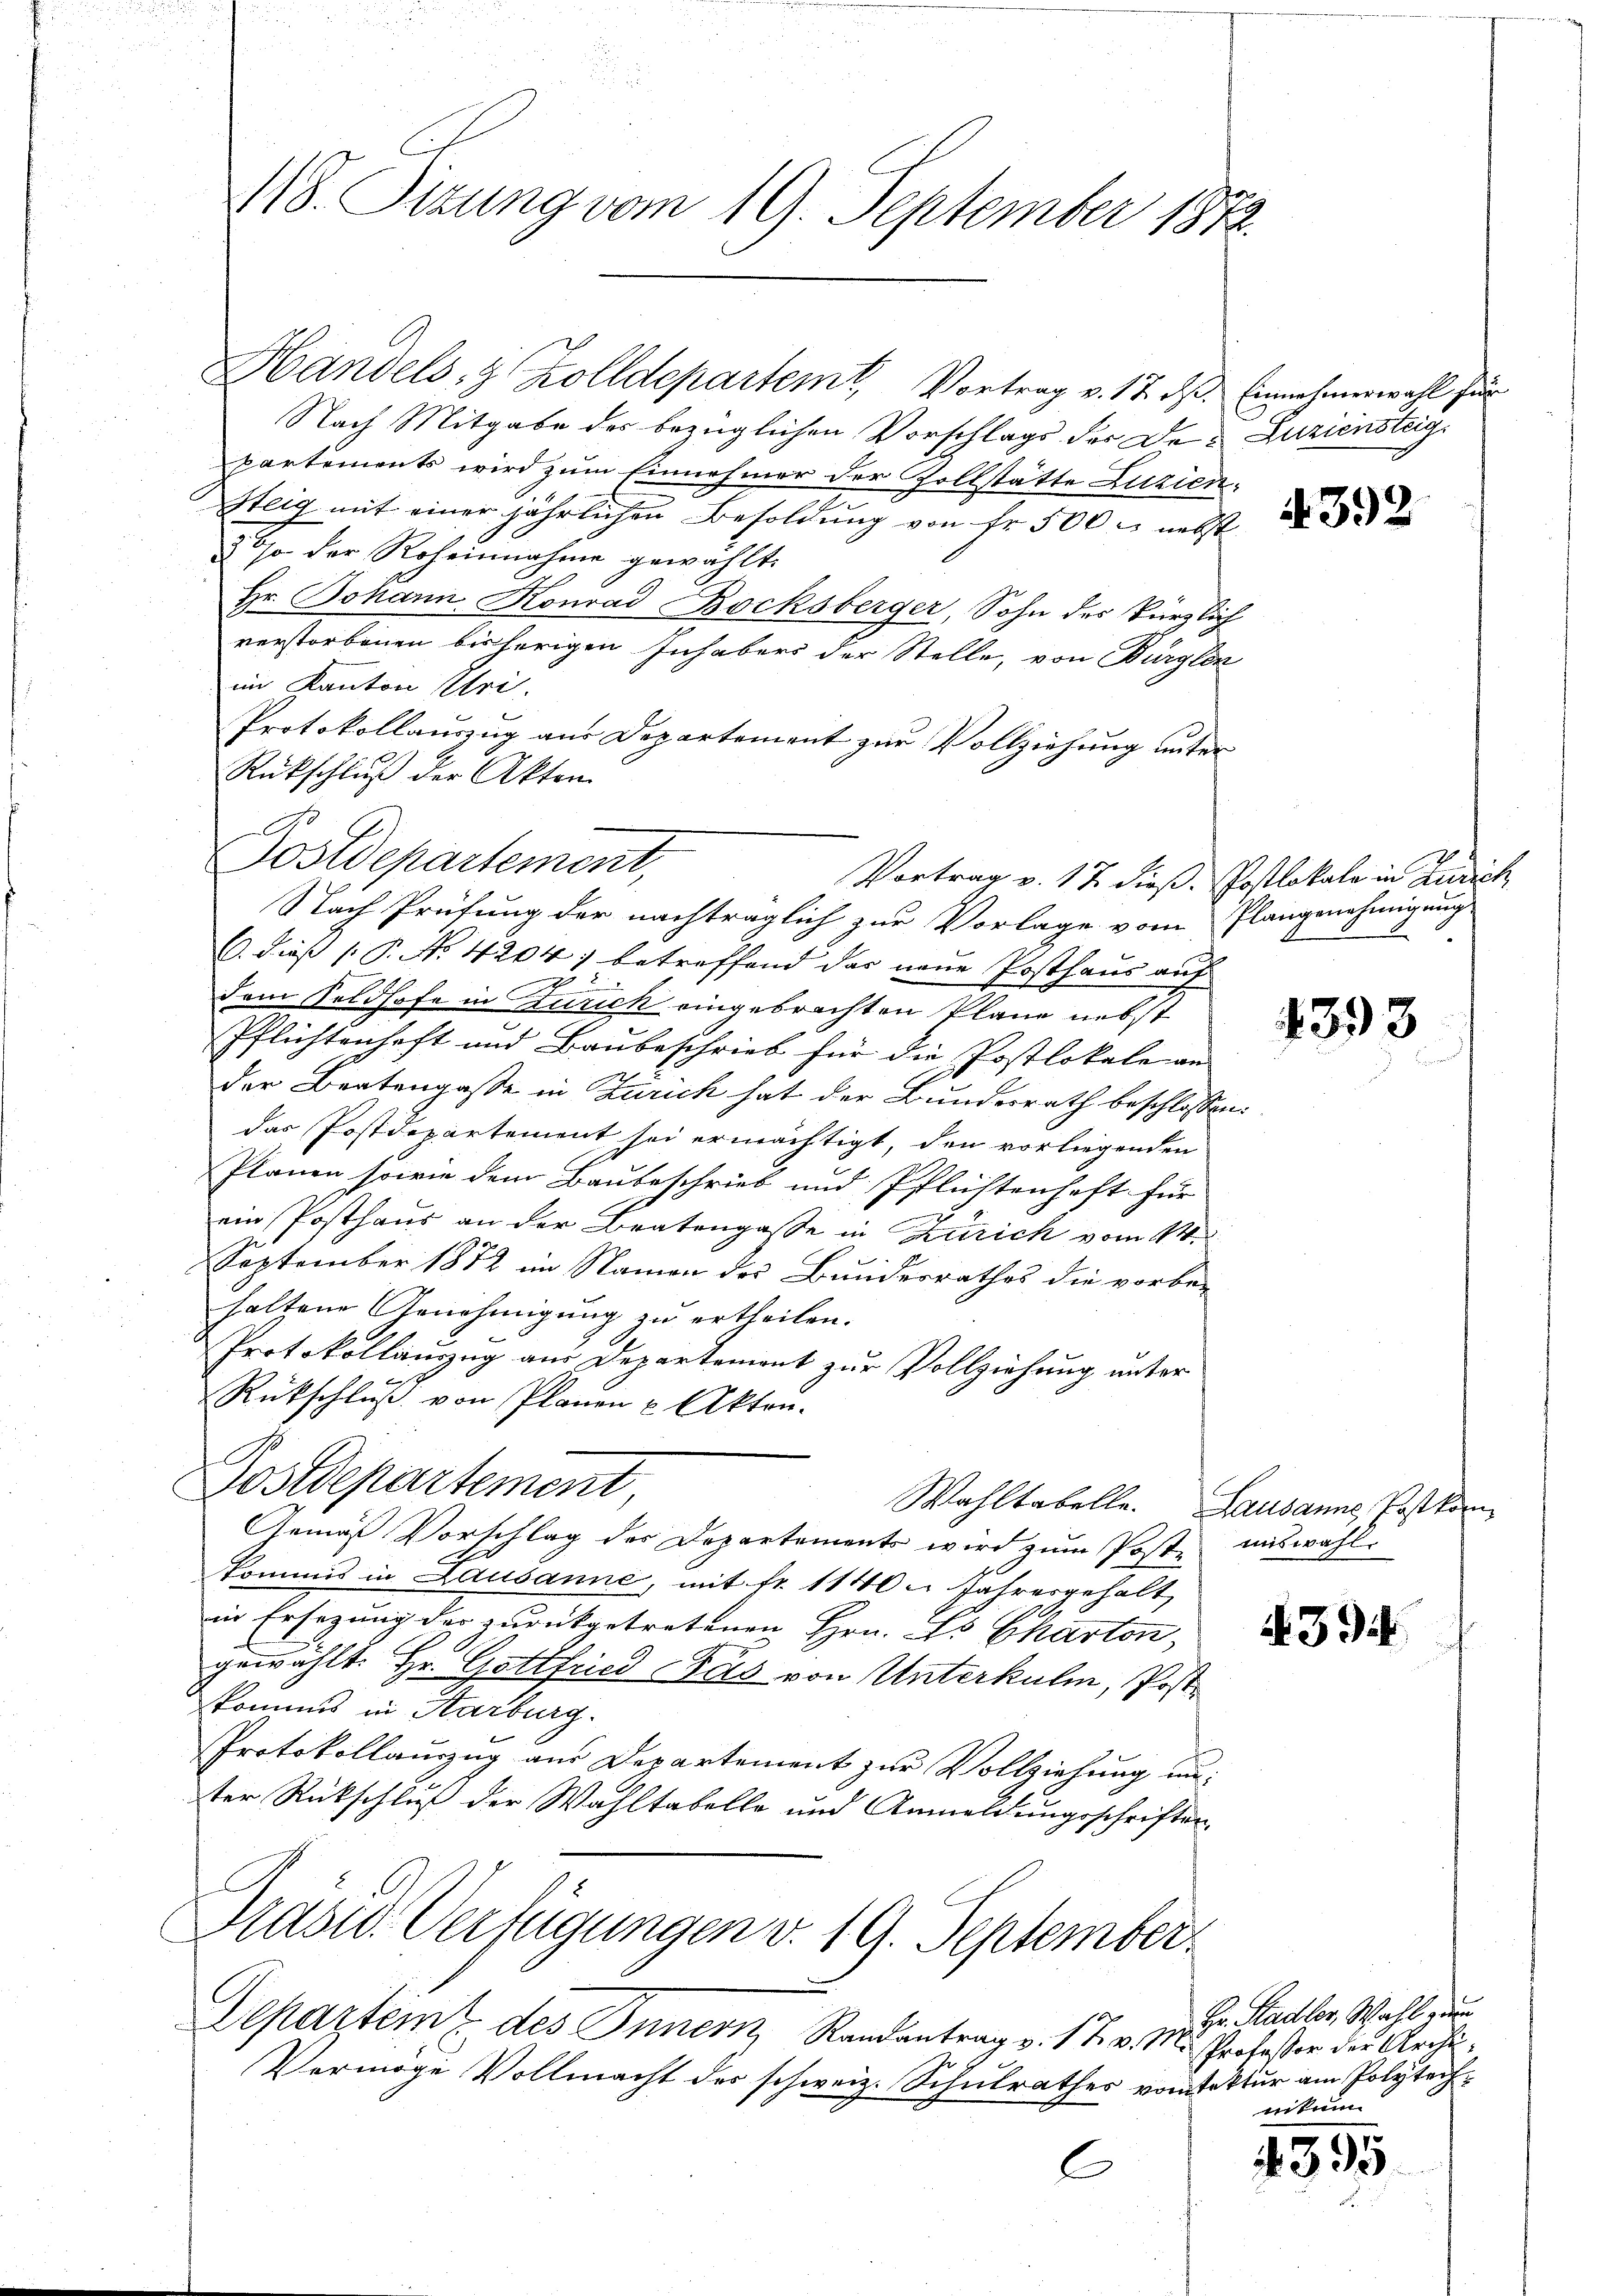
118. Sizung vom 19. September 1872.

Handels- & Zolldepartem Vortrag v. 17. ds. Einnehmerwahl für
Nach Mitgabe der bezüglichen Vorschlags der Der Zuziensteig,
partements wird zum Einnehmer der Zollstätte Zuzien¬
Steig mit einer jährlichen Besoldung von fr. 500 r. nebst
26so der Roheinnahme gewählt.
Hr. Johann Konrad Bocksberger, Sohn des kürzlich
verstorbenen bisherigen Inhabers der Stelle, von Burglen
im Kanton Uri.
Protokollauszug aus Departement zur Vollziehung unter
Rückschluß der Akten.
Postdepartement,
Vortrag v. 17 dieß. Postlokale in Zürich
Nach Prüfung der nachträglich zur Vorlage vom Plangenehmigung
C. dieß (P. No. 4204) betreffend das neue Posthaus auf
dem Feldhofe in Zürich eingebrachten Pläne nebst
Pflichtenhaft und Baubeschrieb für die Postlokale an
der Beatengasse in Zürich hat der Bundesrath beschlossen:
das Postdepartement sei ermächtigt, den vorliegenden
Planen sowie dem Baubeschrieb und Pflichtenhaft für
ein Posthaus an der Bratengasse in Zürich vom 14.
September 1872 im Namen des Bundesrathes die vorbe-
holtene Genehmigung zu ertheilen.
Protokollauszug aus Departement zur Vollziehung unter
Rückschluß von Planen & Akten.
Postdepartement
Wahltabelle. Lausanne, Postkam
Gemäß Vorschlag des Departements wird zum Poste miswahl.
kommis in Lausanne, mit Fr. 1140. Jahresgehalt
in Ersezung der zurückgetretenen Hrn. Es Charten,
gewählt: Hr. Gottfried das von Unterkulm, Postkomis in Karburg.
Protokollauszug aus Departement zur Vollziehung unter Rückschluß der Wahltabelle und Anmeldungsschriften,

Prast. Verfügungen v. 19. September¬
Departem des Innern Randantrag v. 17. v. M. Professor der Archi¬

Vermöge Vollmacht des schweiz. Schulrathes vortektur am Polytech¬

C

4392

1393

. 394

Hr. Stadler, Wahl zum
eitun

4355